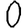
Digit: 0